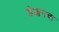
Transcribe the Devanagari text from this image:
डेक्कनचा